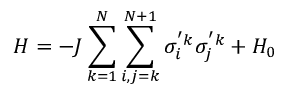
H = - J \sum _ { k = 1 } ^ { N } { \sum _ { i , j = k } ^ { N + 1 } { \sigma _ { i } ^ { ' k } \sigma _ { j } ^ { ' k } } } + { H _ { 0 } }